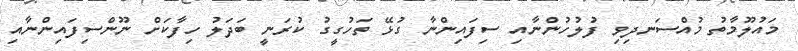
މައުލޫމާތު މުއްސަނދިވި ފުލުހުންނާއި ސިފައިންނާ ގުޅޭ ތަހުގީގު ކުރަނީ ބަދަލު ހިފާކަށް ނޫންސިފައިންނާއި